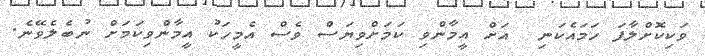
ވަކިކޮށްލާފަ ހަމައެކަނި  އަށް އީމާންވި ކަމަށްވިޔަސް ވެސް އެމީހަކު އީމާންވިކަމަށް ނުބެލެވޭނެ.